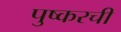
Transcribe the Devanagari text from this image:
पुष्करची